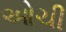
ઓચી